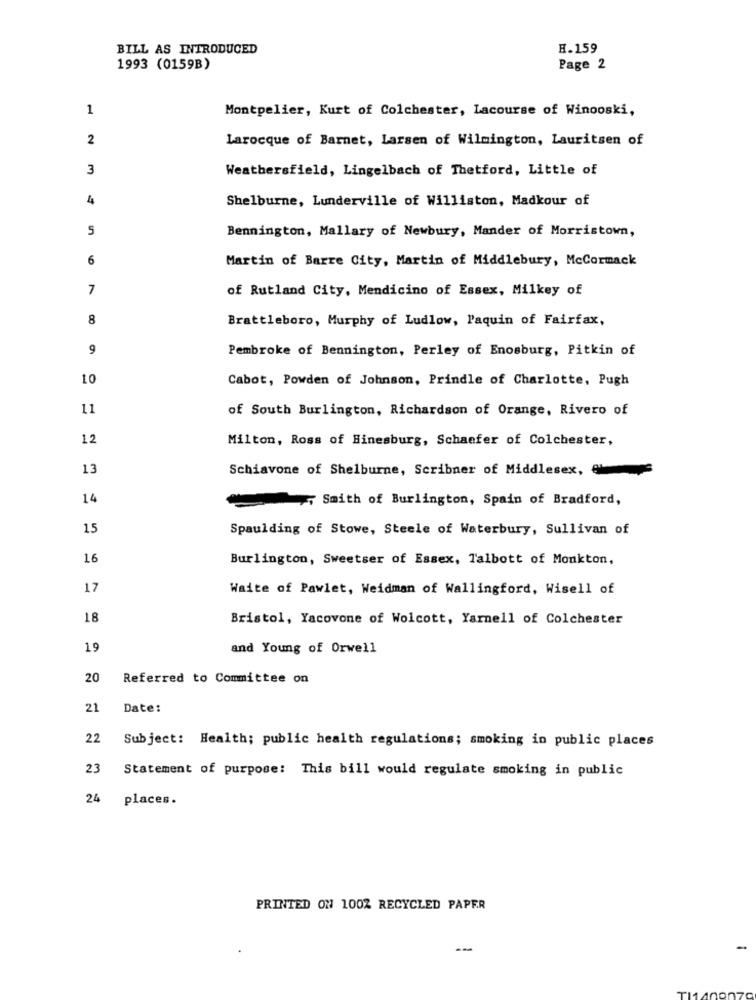
BILL AS INTRODUCED
H.159
1993 (0159B)
Page 2
1
Montpelier, Kurt of Colchester, Lacourse of Winooski,
2
Larocque of Barnet, Larsen of Wilmington, Lauritsen of
3
Weathersfield, Lingelbach of Thetford, Little of
4
Shelburne, Lunderville of Williston, Madkour of
5
Bennington, Mallary of Newbury, Mander of Morristown,
6
Martin of Barre City, Martin of Middlebury, McCormack
7
of Rutland City, Mendicino of Essex, Milkey of
8
Brattleboro, Murphy of Ludlow, Paquin of Fairfax,
9
Pembroke of Bennington, Perley of Enosburg, Pitkin of
10
Cabot, Powden of Johnson, Prindle of Charlotte, Pugh
11
of South Burlington, Richardson of Orange, Rivero of
12
Milton, Ross of Hinesburg, Schaefer of Colchester,
13
Schiavone of Shelburne, Scribner of Middlesex,
14
Smith of Burlington, Spain of Bradford,
15
Spaulding of Stowe, Steele of Waterbury, Sullivan of
16
Burlington, Sweetser of Essex, Talbott of Monkton,
17
Waite of Pawlet, Weidman of Wallingford, Wisell of
18
Bristol, Yacovone of Wolcott, Yarnell of Colchester
19
and Young of Orwell
20
Referred to Committee on
21
Date:
22
Subject: Health; public health regulations; smoking in public places
23
Statement of purpose: This bill would regulate smoking in public
24 places.
PRINTED ON 100% RECYCLED PAPER
--